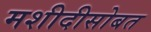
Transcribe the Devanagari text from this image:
मशीदीसोबत